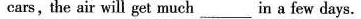
cars, the air will get much___ in a few days.